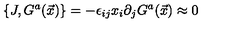
\{ J , G ^ { a } ( \vec { x } ) \} = - \epsilon _ { i j } x _ { i } \partial _ { j } G ^ { a } ( \vec { x } ) \approx 0